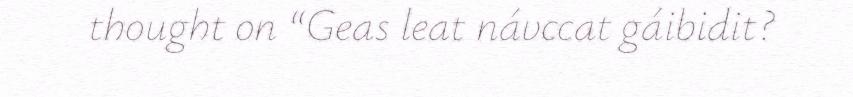
thought on “Geas leat návccat gáibidit?